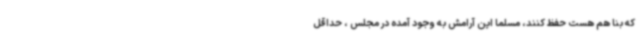
که بنا هم هست حفظ کنند، مسلما این آرامش به وجود آمده در مجلس ، حداقل